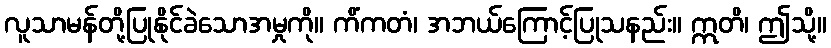
လူသာမန်တို့ပြုနိုင်ခဲသောအမှုကို။ ကိံကတံ၊ အဘယ်ကြောင့်ပြုသနည်း။ ဣတိ၊ ဤသို့။